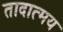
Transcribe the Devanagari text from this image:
तादात्मय